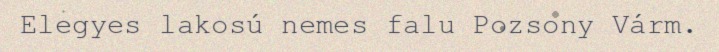
Elegyes lakosú nemes falu Pozsony Várm.